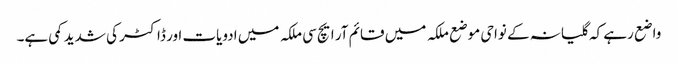
واضع رہے کہ گلیانہ کے نواحی موضع ملکہ میں قائم آر ایچ سی ملکہ میں ادویات اور ڈاکٹر کی شدید کمی ہے۔